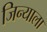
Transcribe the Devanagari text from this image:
जिन्याला